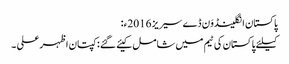
پاکستان انگلینڈوَن ڈے سیریز 2016ء:
کیلئے پاکستان کی ٹیم میں شامل کیئے گئے : کپتان اظہر علی ۔